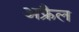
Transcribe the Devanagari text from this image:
अफ्रैल